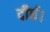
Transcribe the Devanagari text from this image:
दीर्घ।